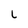
Character: L